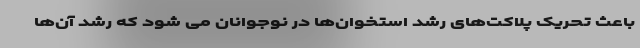
باعث تحریک پلاکت‌های رشد استخوان‌ها در نوجوانان می شود که رشد آن‌ها